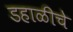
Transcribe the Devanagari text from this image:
डहाळीचे